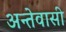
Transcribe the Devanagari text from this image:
अन्तेवासी